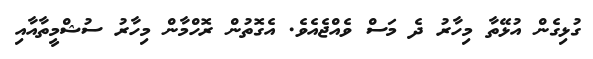
ގުޅިގެން އުޅޭތާ މިހާރު ދެ މަސް ވެއްޖެއެވެ. އެގޮތުން ރޮހްމާން މިހާރު ސުޝްމީތާއާއި